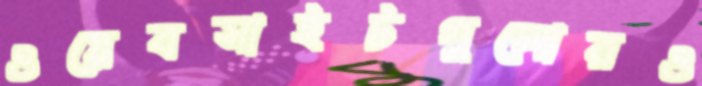
ওয়েবসাইটগুলোরও